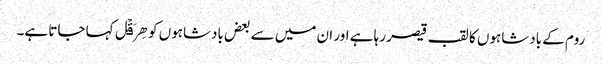
روم کے بادشاہوں کا لقب قیصر رہا ہے اور ان میں سے بعض بادشاہوں کو ھِرَقۡل کہا جاتا ہے۔